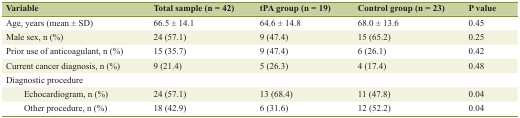
| Variable | Total sample (n = 42) | tPA group (n = 19) | Control group (n = 23) | P value |
 | --- | --- | --- | --- | --- |
 | Age, years (mean ± SD) | 66.5 ± 14.1 | 64.6 ± 14.8 | 68.0 ± 13.6 | 0.45 |
 | Male sex, n (%) | 24 (57.1) | 9 (47.4) | 15 (65.2) | 0.25 |
 | Prior use of anticoagulant, n (%) | 15 (35.7) | 9 (47.4) | 6 (26.1) | 0.42 |
 | Current cancer diagnosis, n (%) | 9 (21.4) | 5 (26.3) | 4 (17.4) | 0.48 |
 | Diagnostic procedure |  |  |  |  |
 | Echocardiogram, n (%) | 24 (57.1) | 13 (68.4) | 11 (47.8) | 0.04 |
 | Other procedure, n (%) | 18 (42.9) | 6 (31.6) | 12 (52.2) | 0.04 |